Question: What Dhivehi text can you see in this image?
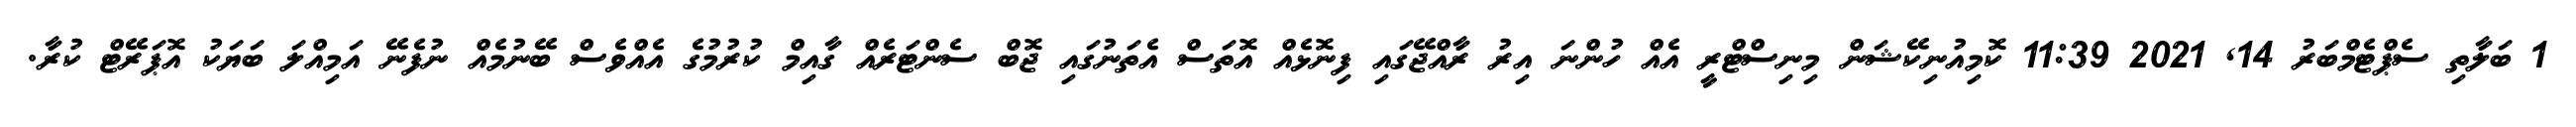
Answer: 1 ބަލާތި ސެޕްޓެމްބަރު 14, 2021 11:39 ކޮމިއުނިކޭޝަން މިނިސްޓްރީ އެއް ހުންނަ އިރު ރާއްޖޭގައި ފިނޮޅެއް އޮތަސް އެތަނުގައި ޖޮބް ސެންޓަރެއް ގާއިމް ކުރުމުގެ އެއްވެސް ބޭނުމެއް ނުފެނޭ އަމިއްލަ ބަޔަކު އޮޕަރޭޓް ކުރާ.